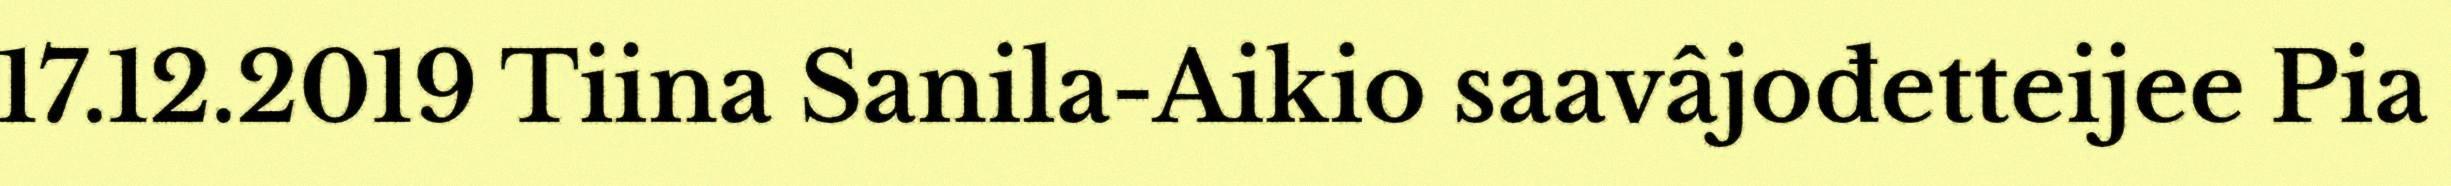
17.12.2019 Tiina Sanila-Aikio saavâjođetteijee Pia